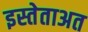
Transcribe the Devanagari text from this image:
इस्तेताअत